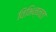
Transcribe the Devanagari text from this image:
विभिन्‍नता